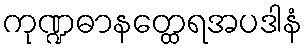
ကုဏ္ဍဓာနတ္ထေရအပဒါနံ